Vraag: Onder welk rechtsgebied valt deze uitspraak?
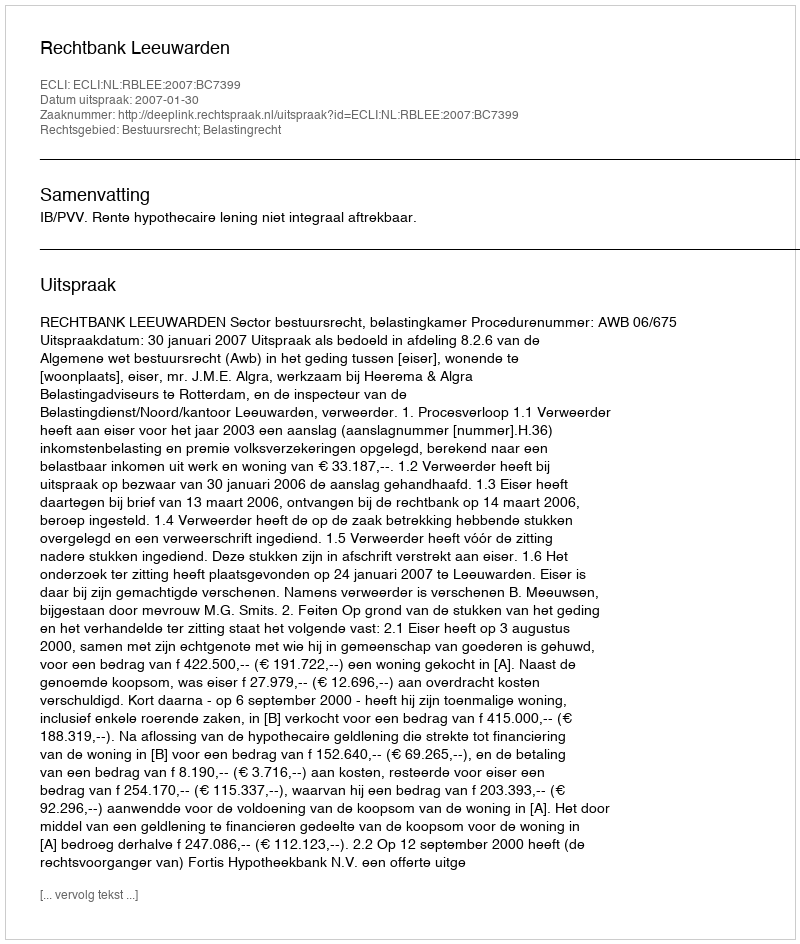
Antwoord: Bestuursrecht; Belastingrecht